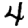
Digit: 4